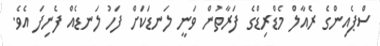
ސްޕެއިންގެ ރެއާލް މެޑްރިޑްގެ ފަރާތުން ވަނީ ލަނޑަކަށް ފަހު ލަނޑެއް ފެނިފަ އެވެ.